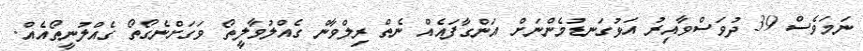
ނަަމަވެސް 39 ދުވަސްވާއިރު އަޅުގަނޑުމެންނަށް އަންގާފައެއް ނެތް ރިލްވާން ގެއްލުވާލީތޯ ވަގަށްނެގޯތޯ ގެއްލުނީތޯއެއް.